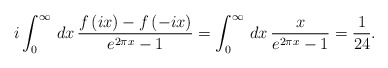
\begin{align*}i\int _{0}^{\infty }\, dx\, \frac{f\left( ix\right) -f\left( -ix\right) }{e^{2\pi x}-1}=\int _{0}^{\infty }\, dx\, \frac{x}{e^{2\pi x}-1}=\frac{1}{24}.\end{align*}